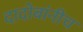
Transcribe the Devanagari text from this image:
दादोबांनीच